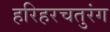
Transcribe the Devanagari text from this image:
हरिहरचतुरंग